Vaccination in the Punjab 1883-1896 - 1883-1896
Year: 1883
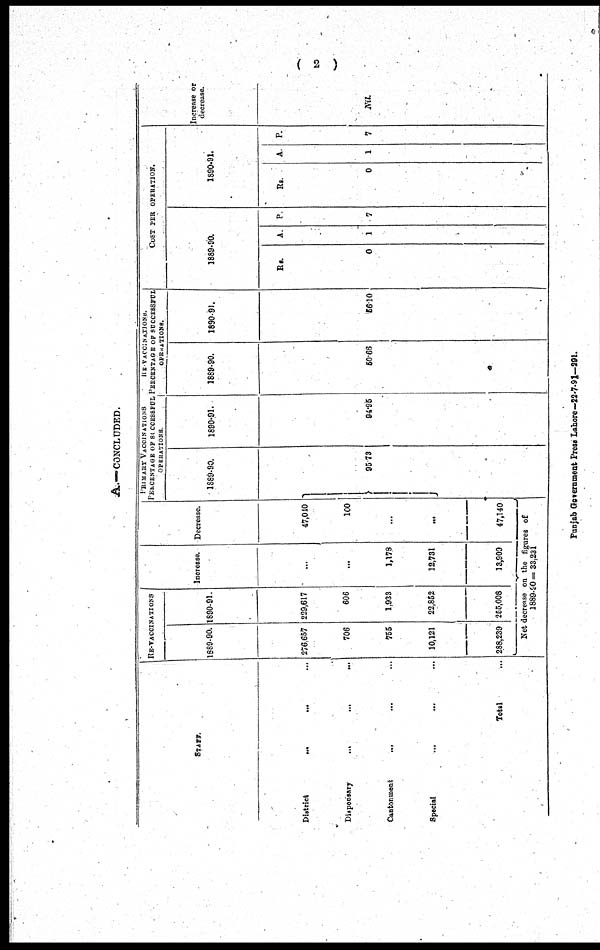
( 2 )
A.—CONCLUDED.
STAFE.
District
...
...
...
Disponsary ... ... ...
Cantonment ... ... ...
Special ... ... ...
Total ...
RE-VACCINATIONS
1889-90.
276,657
706
755
10,121
2,88,239
1890-91.
229,617
606
1,933
22,852
255,008
Increase.
...
...
1,178
12,731
13,909
Decrease.
47,040
100
...
...
47,140
Net decrease on the figures of
1889-90= 33.231
PRIMARY VACCINATIONS
PERCENATAG OF SUCCESSFUL
OPERATIONS.
1889-90.
95.73
1890-91.
94.95
RE-VACCINATIONS.
PERCENTAGE OF SUCCESSFUL
OPERATIONS.
1889-90.
50.66
1890-91.
56.10
COST PER OPERATIONS.
1889-90.
Rs.
0
A.
1
P.
7
1890-91.
Rs.
0
A.
1
P.
7
Increase or
decrease.
Nil.
Punjab Government Press Lahore—22-7-91—291.